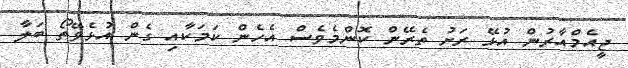
ޖީއެމްއާރުން އުޅޭ ރަށު ތެރޭން ކޮންމެވެސް އެހެން ކަމަކާއި ގެން އުޅެވޭތޯ ބަލާ